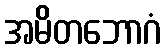
အမိတဘောဂံ